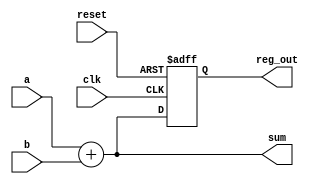
module example_logic (
    input wire clk,          // Clock input
    input wire reset,        // Reset input
    input wire [3:0] a,     // 4-bit input a
    input wire [3:0] b,     // 4-bit input b
    output reg [3:0] sum,    // 4-bit output for sum
    output reg [3:0] reg_out // 4-bit output for register
);

// Combinational Logic: Calculate sum of a and b
always @* begin
    sum = a + b; // Continuous assignment of sum based on inputs a and b
end

// Sequential Logic: Register to hold value on rising edge of clock
always @(posedge clk or posedge reset) begin
    if (reset) begin
        reg_out <= 4'b0000; // Reset output to 0
    end else begin
        reg_out <= sum; // Store the sum in reg_out on clock edge
    end
end

endmodule